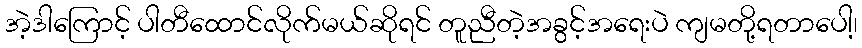
အဲ့ဒါကြောင့် ပါတီထောင်လိုက်မယ်ဆိုရင် တူညီတဲ့အခွင့်အရေးပဲ ကျမတို့ရတာပေါ့၊